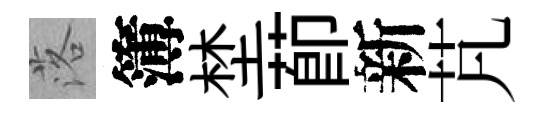
落簿埜莭新芃